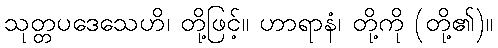
သုတ္တပဒေသေဟိ၊ တို့ဖြင့်။ ဟာရာနံ၊ တို့ကို (တို့၏)။